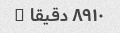
۸۹۱۰ دقیقا �